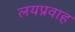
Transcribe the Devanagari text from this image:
लयप्रवाह